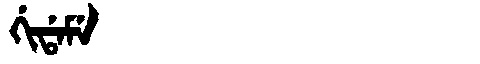
Manchu: ᡤᡳᡩᠠᠮᡝ
Romanization: GIDAME